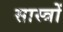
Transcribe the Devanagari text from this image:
सास्त्रों